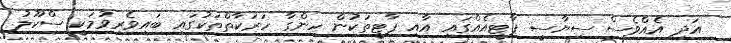
އަދި އެއްވެސް ސިޔާސީ ޕާޓީއެއްގައި އާއި ޕާޓީތަކުން ހިންގާ ހަރަކާތްތަކުގައި ބައިވެރިވުމަކީ ސްކޫލު